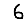
Digit: 6